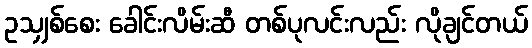
ဥသျှစ်စေး ခေါင်းလိမ်းဆီ တစ်ပုလင်းလည်း လိုချင်တယ်